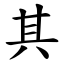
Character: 其